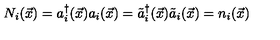
N _ { i } ( { \vec { x } } ) = a _ { i } ^ { \dagger } ( { \vec { x } } ) a _ { i } ( { \vec { x } } ) = { \tilde { a } } _ { i } ^ { \dagger } ( { \vec { x } } ) { \tilde { a } } _ { i } ( { \vec { x } } ) = n _ { i } ( { \vec { x } } )